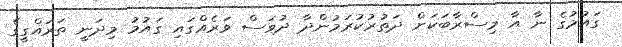
ގައުމުގެ ނާ އާ މިސްރާބަކަށް ދަތުރުކުރަމުންދާ ދުވަސް ވަރެއްގައި ގައުމު މިދަނީ ތަރައްގީގެ